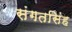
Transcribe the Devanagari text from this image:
संगतसिंह